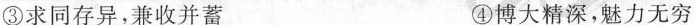
③求同存异，兼收并蓄 ④博大精深，魅力无穷